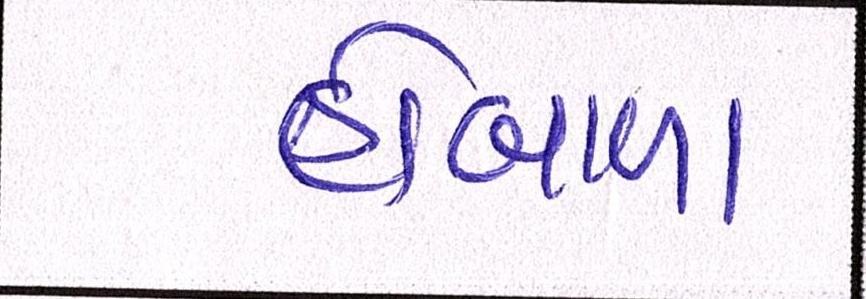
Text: હોબાળા